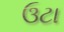
ઉટા